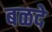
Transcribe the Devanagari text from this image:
बळदे